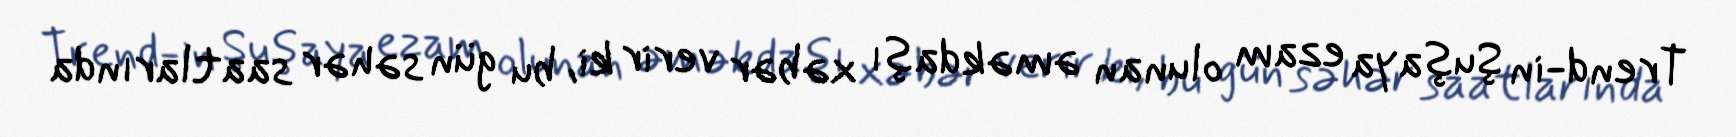
Trend-in Şuşaya ezam olunan əməkdaşı xəbər verir ki, bu gün səhər saatlarında